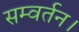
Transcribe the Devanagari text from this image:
सम्वर्तन।